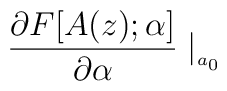
\frac{\partial F[A(z);\alpha ]}{\partial \alpha }\mid _{_{a_{0}}}